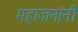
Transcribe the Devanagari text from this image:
महाजनांनी